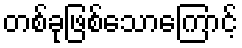
တစ်ခုဖြစ်သောကြောင့်